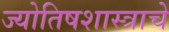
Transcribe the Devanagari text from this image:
ज्योतिषशास्त्राचे